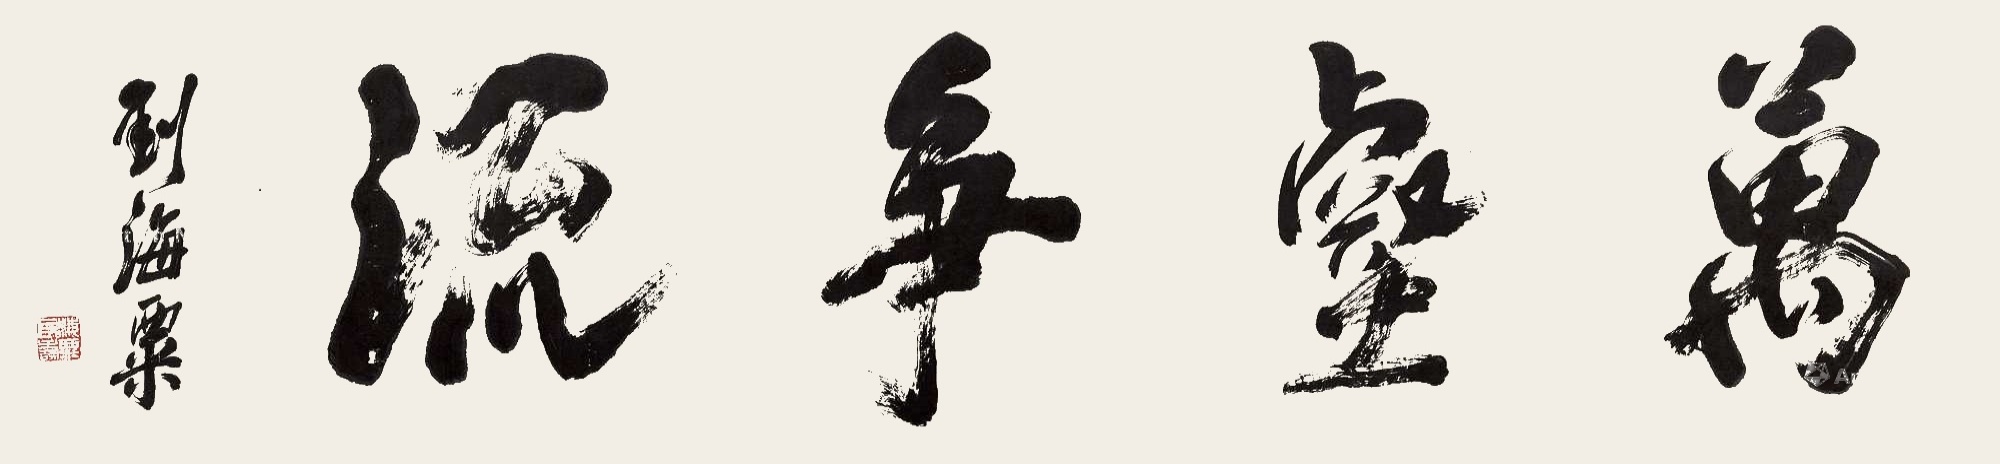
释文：万壑争流。刘海粟。